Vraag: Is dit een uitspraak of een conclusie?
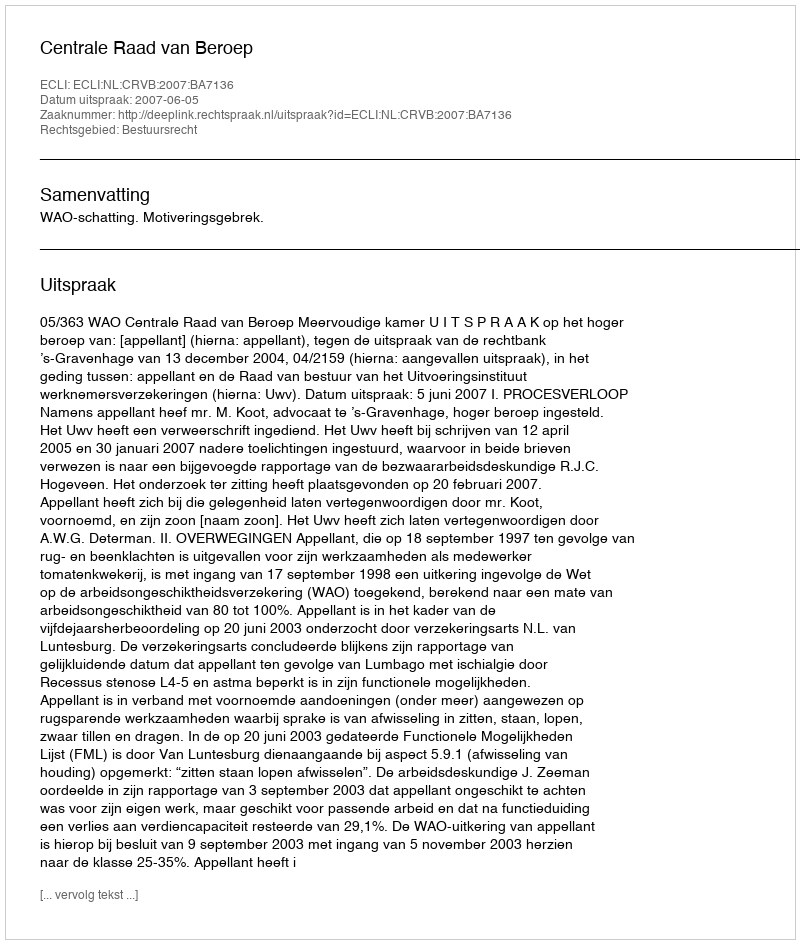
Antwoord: Uitspraak